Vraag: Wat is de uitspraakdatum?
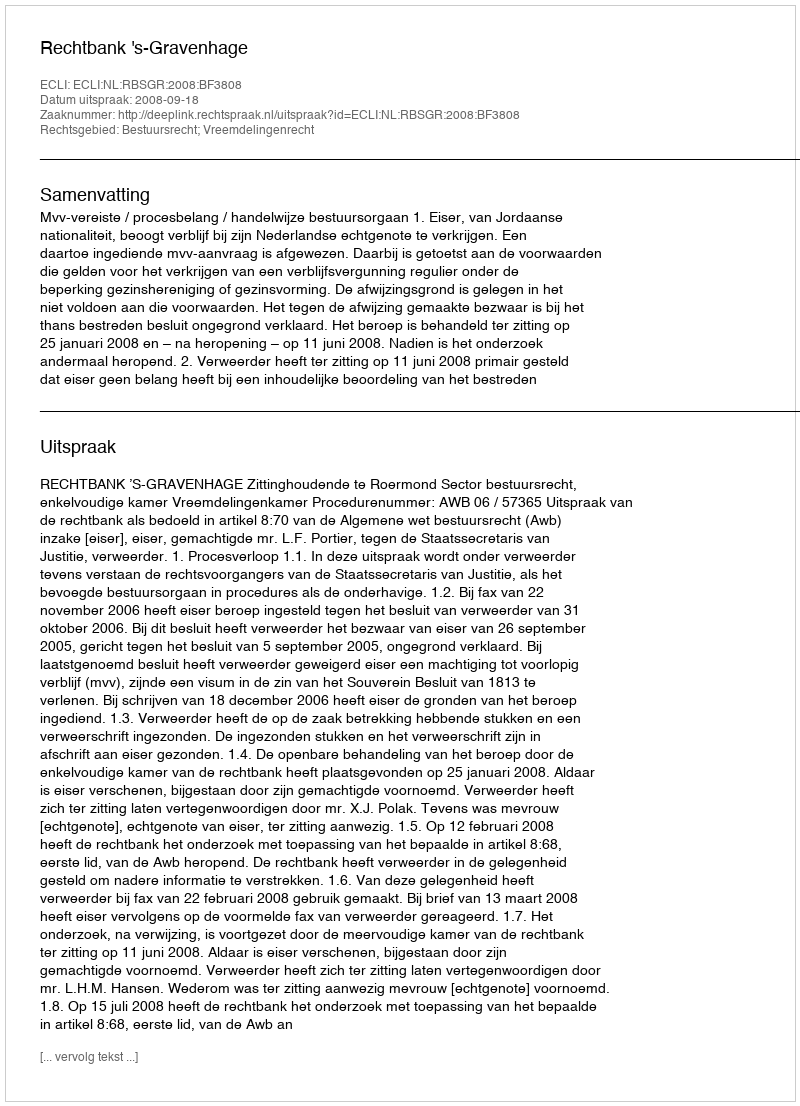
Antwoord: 2008-09-18